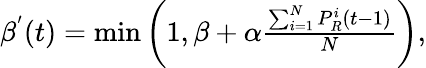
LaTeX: \begin{array}{r}{\beta^{'}(t)=\operatorname*{min}\left(1,\beta+\alpha\frac{\sum_{i=1}^{N}P_{R}^{i}(t-1)}{N}\right),}\end{array}